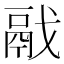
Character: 𩰭